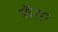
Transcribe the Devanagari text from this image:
फॅसा